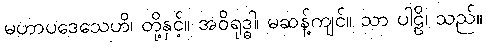
မဟာပဒေသေဟိ၊ တို့နှင့်။ အဝိရုဒ္ဓါ၊ မဆန့်ကျင်။ သာ ပါဠိ၊ သည်။